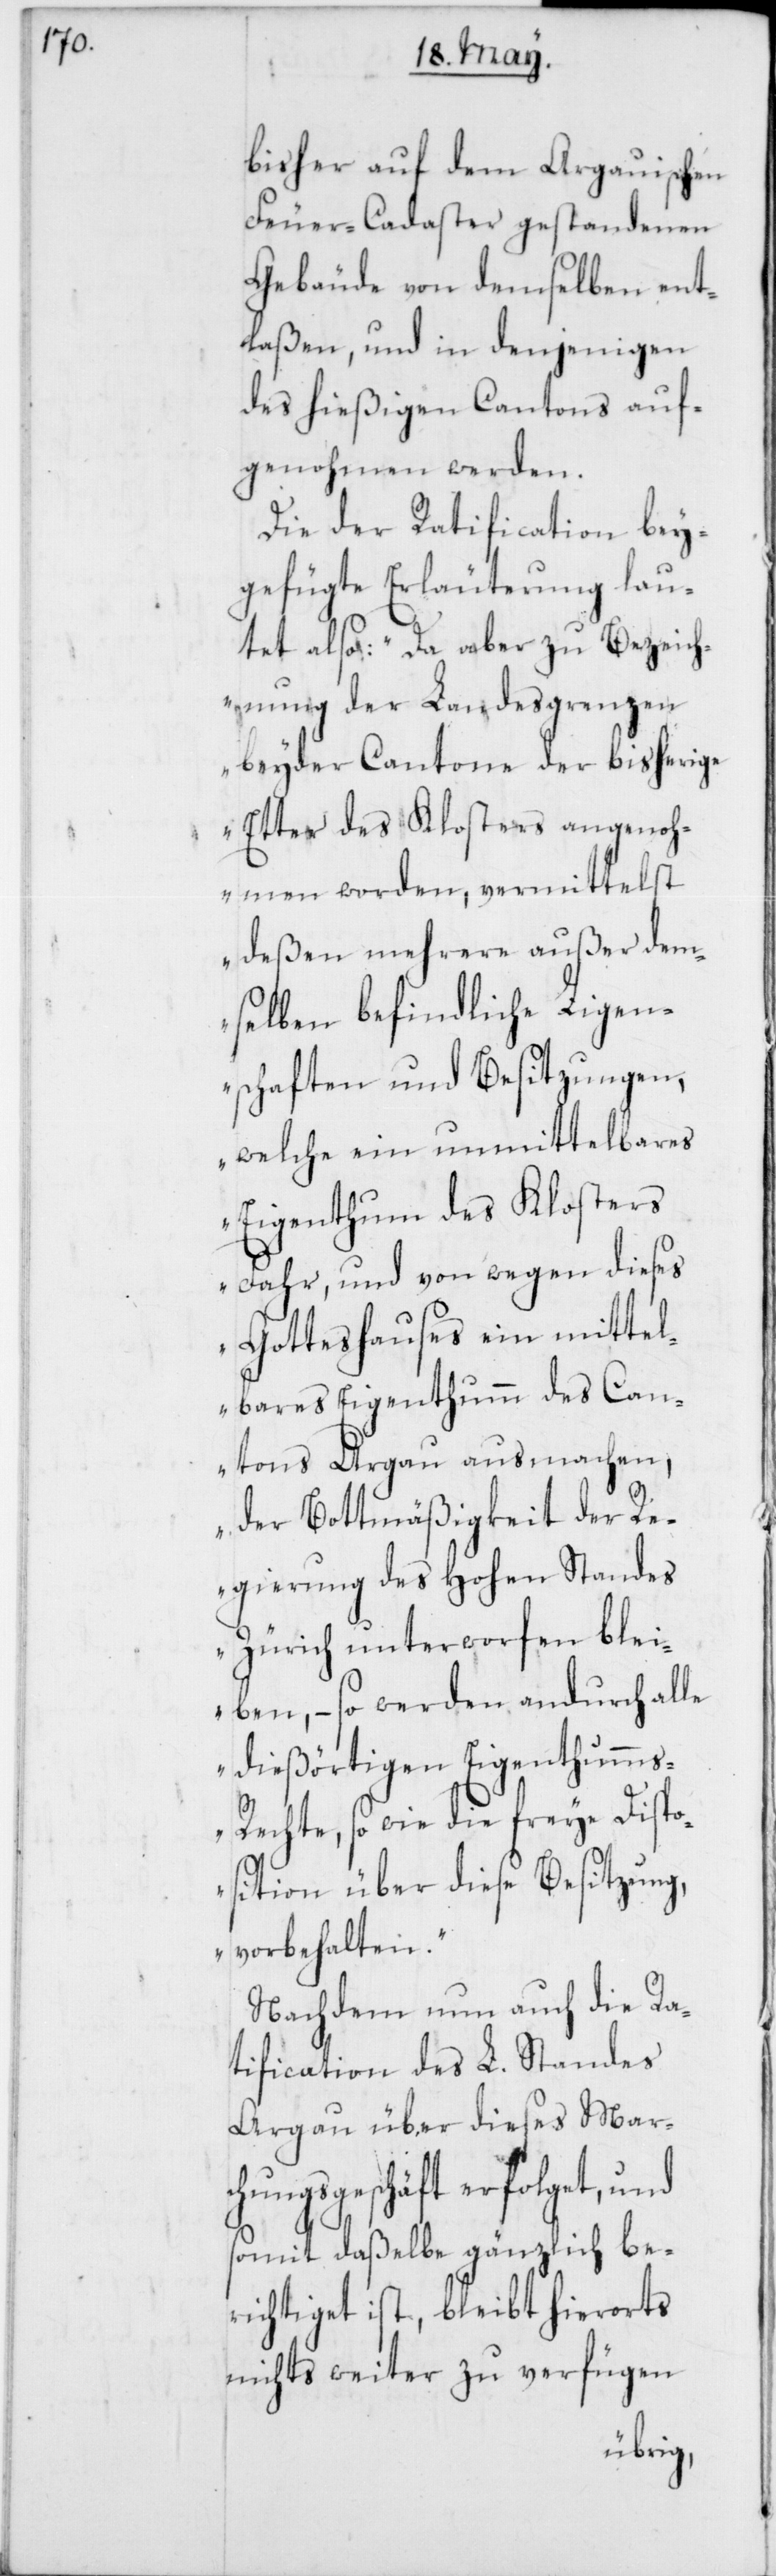
bisher auf dem Argauischen
Feuer-Cadaster gestandenen
Gebäude von demselben ent¬
laßen, und in denjenigen
des hießigen Cantons auf¬
genohmen werden.
Die der Ratification bey¬
gefügte Erläuterung lau¬
tet also: „Da aber zu Bezeich¬
nung der Landesgrenzen
beyder Cantone der bisherige
Etter des Klosters angenoh¬
men worden, vermittelst
deßen mehrere außer dem¬
selben befindliche Ligen¬
schaften und Besitzungen,
welche ein unmittelbares
Eigenthum des Klosters
Fahr, und von wegen dieses
Gotteshauses ein mittel¬
bares Eigenthumm des Can¬
tons Argau ausmachen,
der Bottmäßigkeit der R¬
egierung des Hohen Standes
Zürich unterworfen blei¬
ben, – so werden andurch alle
dießörtigen Eigenthumms-R¬
echte, so wie die freye Dispo¬
sition über diese Besitzung,
vorbehalten.“
Nachdem nun auch die Ra¬
tification des L. Standes
Argau über dieses Marc¬
hungsgeschäft erfolget, und
somit daßelbe gänzlich be¬
richtiget ist, bleibt hierorts
nichts weiter zu verfügen